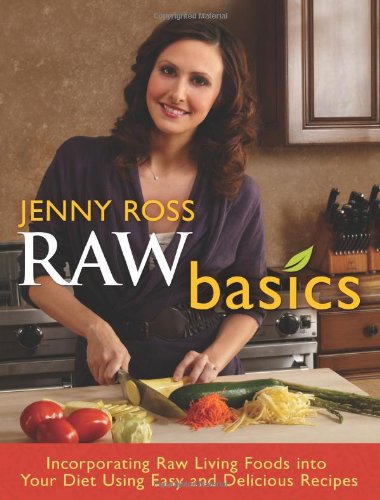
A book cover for Raw Basics: Incorporating Raw Living Foods into Your Diet Using Easy and Delicious Recipes; Jenny Ross; Cookbooks, Food & Wine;